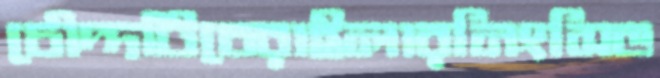
চৌদ্দটিচেরাইলারনিংসিভ